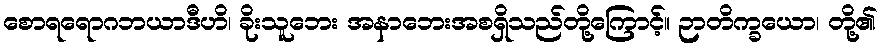
စောရရောဂဘယာဒီဟိ၊ ခိုးသူဘေး အနာဘေးအစရှိသည်တို့ကြောင့်။ ဉာတိက္ခယော၊ တို့၏